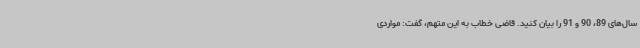
سال‌های 89، 90 و 91 را بیان کنید. قاضی خطاب به این متهم، گفت: مواردی